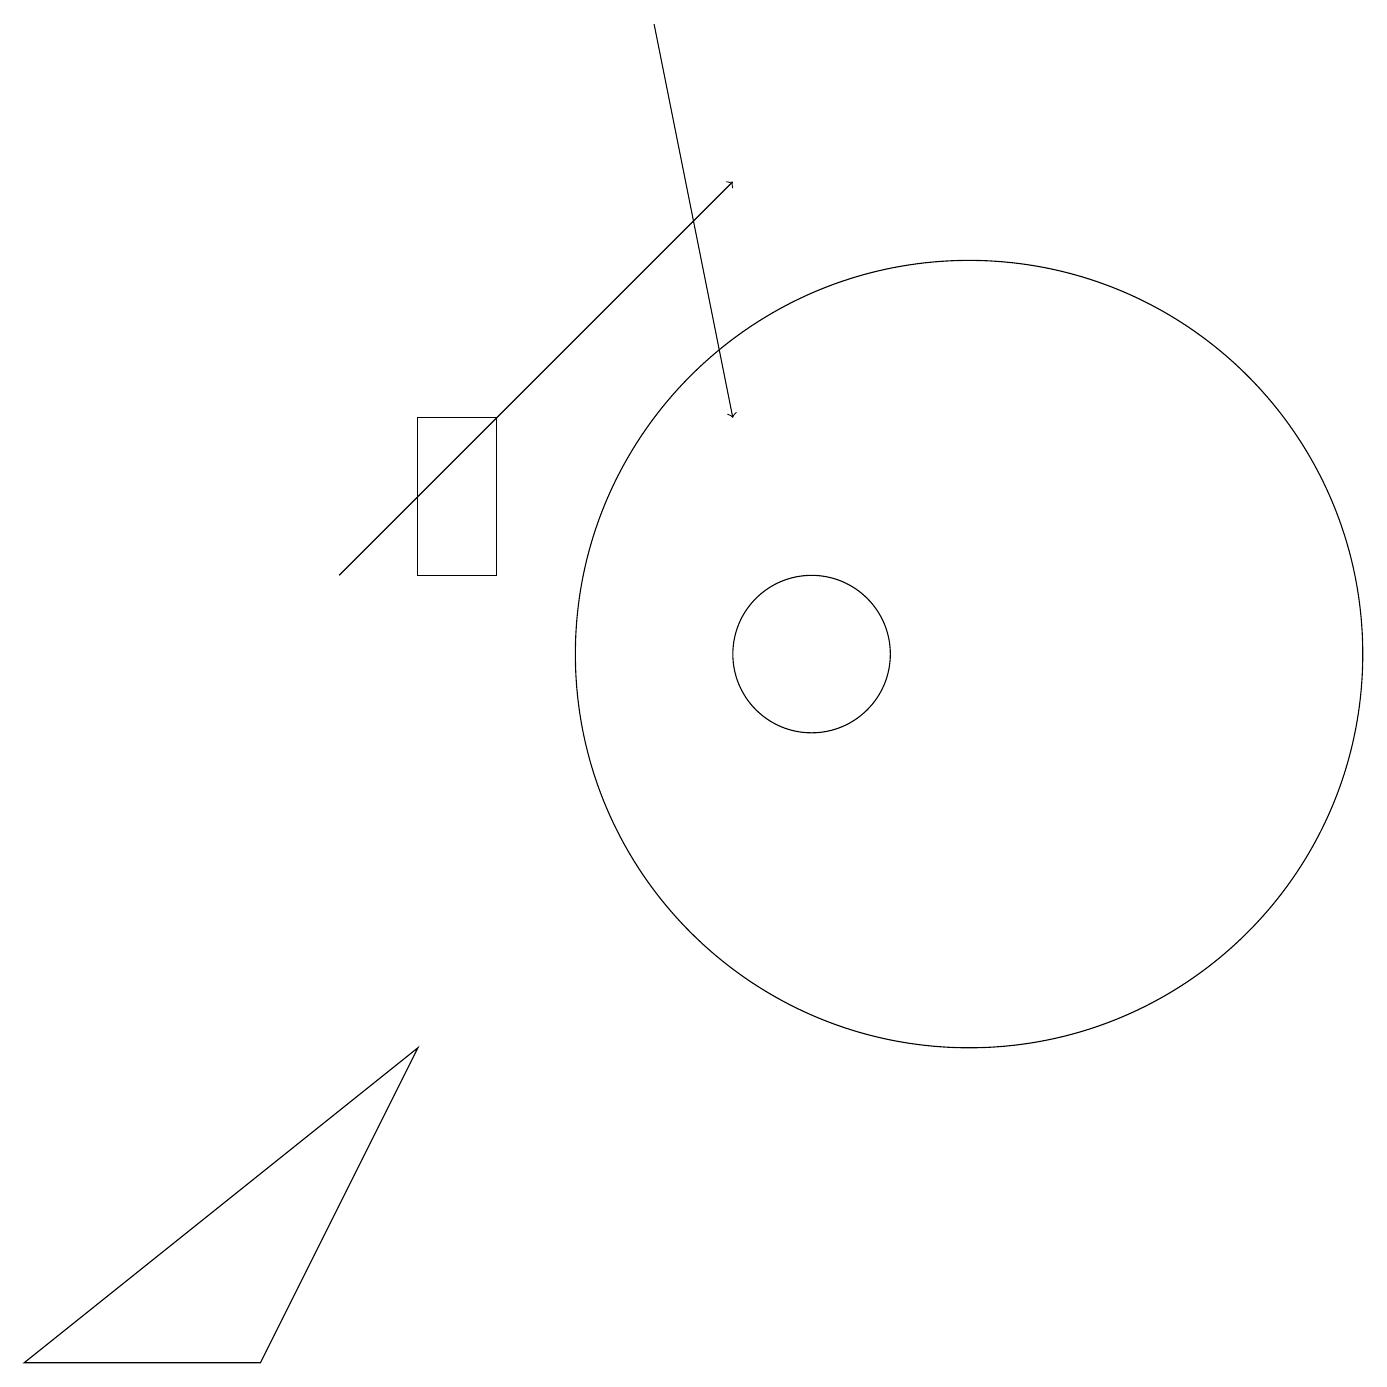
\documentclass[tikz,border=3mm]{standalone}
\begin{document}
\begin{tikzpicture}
\draw (12,10) circle (5);
\draw[->] (4,11) -- (9,16);
\draw (0,1) -- (5,5) -- (3,1) -- cycle;
\draw (6,11) rectangle (5,13);
\draw (10,10) circle (1);
\draw[->] (8,18) -- (9,13);
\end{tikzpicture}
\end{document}